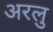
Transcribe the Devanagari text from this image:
अरलु